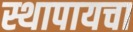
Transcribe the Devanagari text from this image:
स्थापायचा